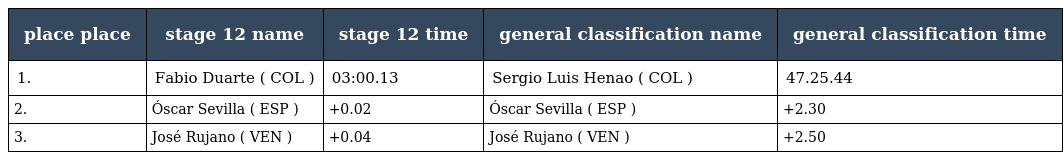
| place place | stage 12 name | stage 12 time | general classification name | general classification time |
 | --- | --- | --- | --- | --- |
 | 1. | Fabio Duarte ( COL ) | 03:00.13 | Sergio Luis Henao ( COL ) | 47.25.44 |
 | 2. | Óscar Sevilla ( ESP ) | +0.02 | Óscar Sevilla ( ESP ) | +2.30 |
 | 3. | José Rujano ( VEN ) | +0.04 | José Rujano ( VEN ) | +2.50 |